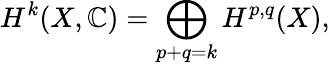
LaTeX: H^{k}(X,\mathbb{C})=\bigoplus_{p+q=k}H^{p,q}(X),